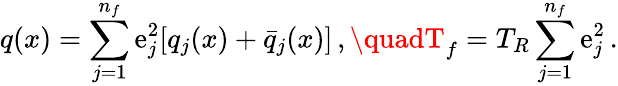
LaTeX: q(x)=\sum_{j=1}^{n_{f}}\mathrm{e}_{j}^{2}[q_{j}(x)+\bar{{q}}_{j}(x)]\, ,\quadT_{f}=T_{R}\sum_{j=1}^{n_{f}}\mathrm{e}_{j}^{2}\, .